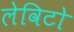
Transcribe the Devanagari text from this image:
लेविटो